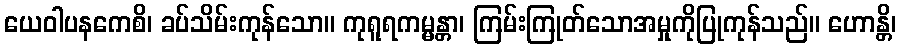
ယေဝါပနကေစိ၊ ခပ်သိမ်းကုန်သော။ ကုရူရကမ္မန္တာ၊ ကြမ်းကြုတ်သောအမှုကိုပြုကုန်သည်။ ဟောန္တိ၊